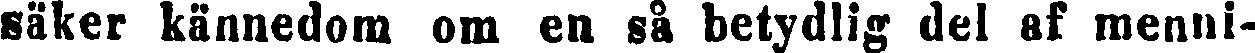
säker kännedom om en så betydlig del af menni-